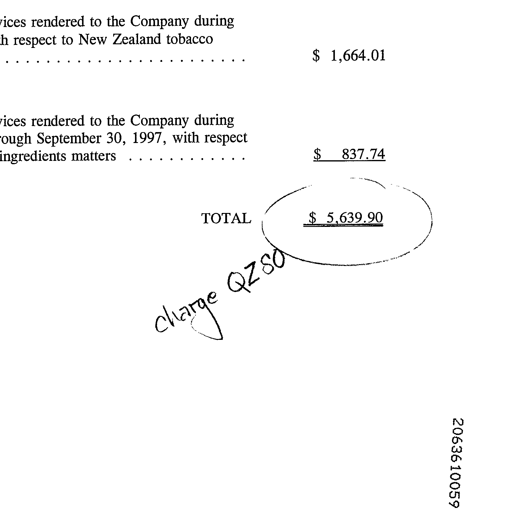
vices rendered to the Company during
h respect to New Zealand tobacco
. . . . . . . . . . . . . . . . . . . . . . . . . . . . . . . . . . . . . . . . . . $ 1,664.01

vices rendered to the Company during
rough September 30, 1997, with respect
ingredients matters . . . . . . . . . . . . . . . . . . . . . . . . . . . . . $ 837.74

TOTAL $ 5,639.90

charge QZ80

2063610059